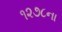
૧૨૭૮ના